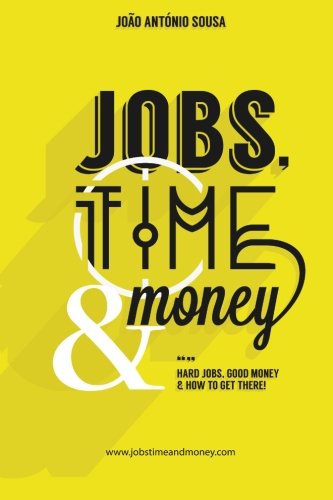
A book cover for Jobs, Time and Money; JoÃ£o AntÃ³nio Sousa; Reference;